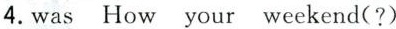
4.wasHow your weekend(?)